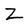
Character: Z